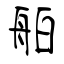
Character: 舶